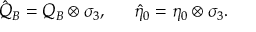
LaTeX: { \hat { Q } } _ { B } = Q _ { B } \otimes \sigma _ { 3 } , \, \, \, \, \, \, \, \, \, { \hat { \eta } } _ { 0 } = \eta _ { 0 } \otimes \sigma _ { 3 } .